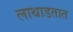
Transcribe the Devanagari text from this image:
लाथाडतात